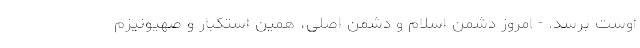
اوست برسد. - امروز دشمن اسلام و دشمن اصلی، همین استکبار و صهیونیزم